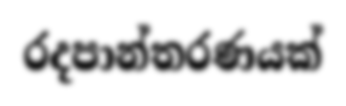
රදපාන්තරණයක්